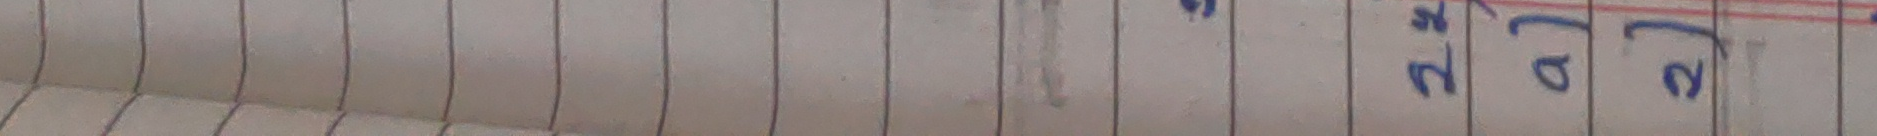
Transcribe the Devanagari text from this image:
२ ७ २